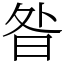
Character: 昝